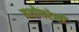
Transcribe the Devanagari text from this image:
यशोधरेशी